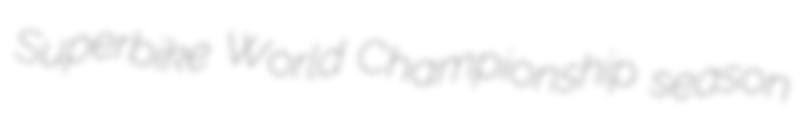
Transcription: Superbike World Championship season